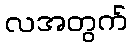
လအတွက်